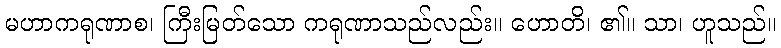
မဟာကရုဏာစ၊ ကြီးမြတ်သော ကရုဏာသည်လည်း။ ဟောတိ၊ ၏။ သာ၊ ဟူသည်။